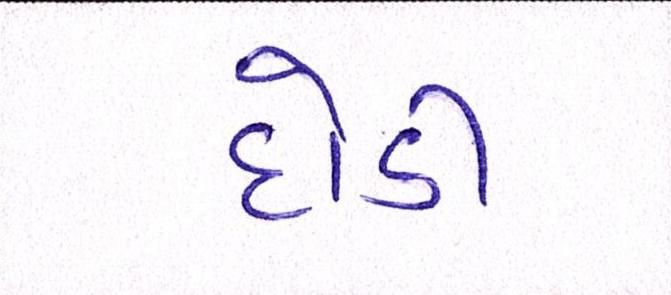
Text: દોડી